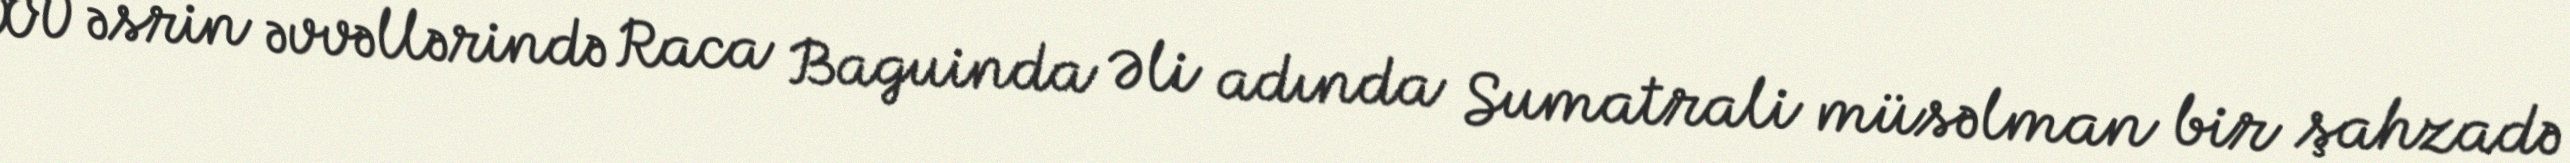
XV əsrin əvvəllərində Raca Baguinda Əli adında Sumatrali müsəlman bir şahzadə